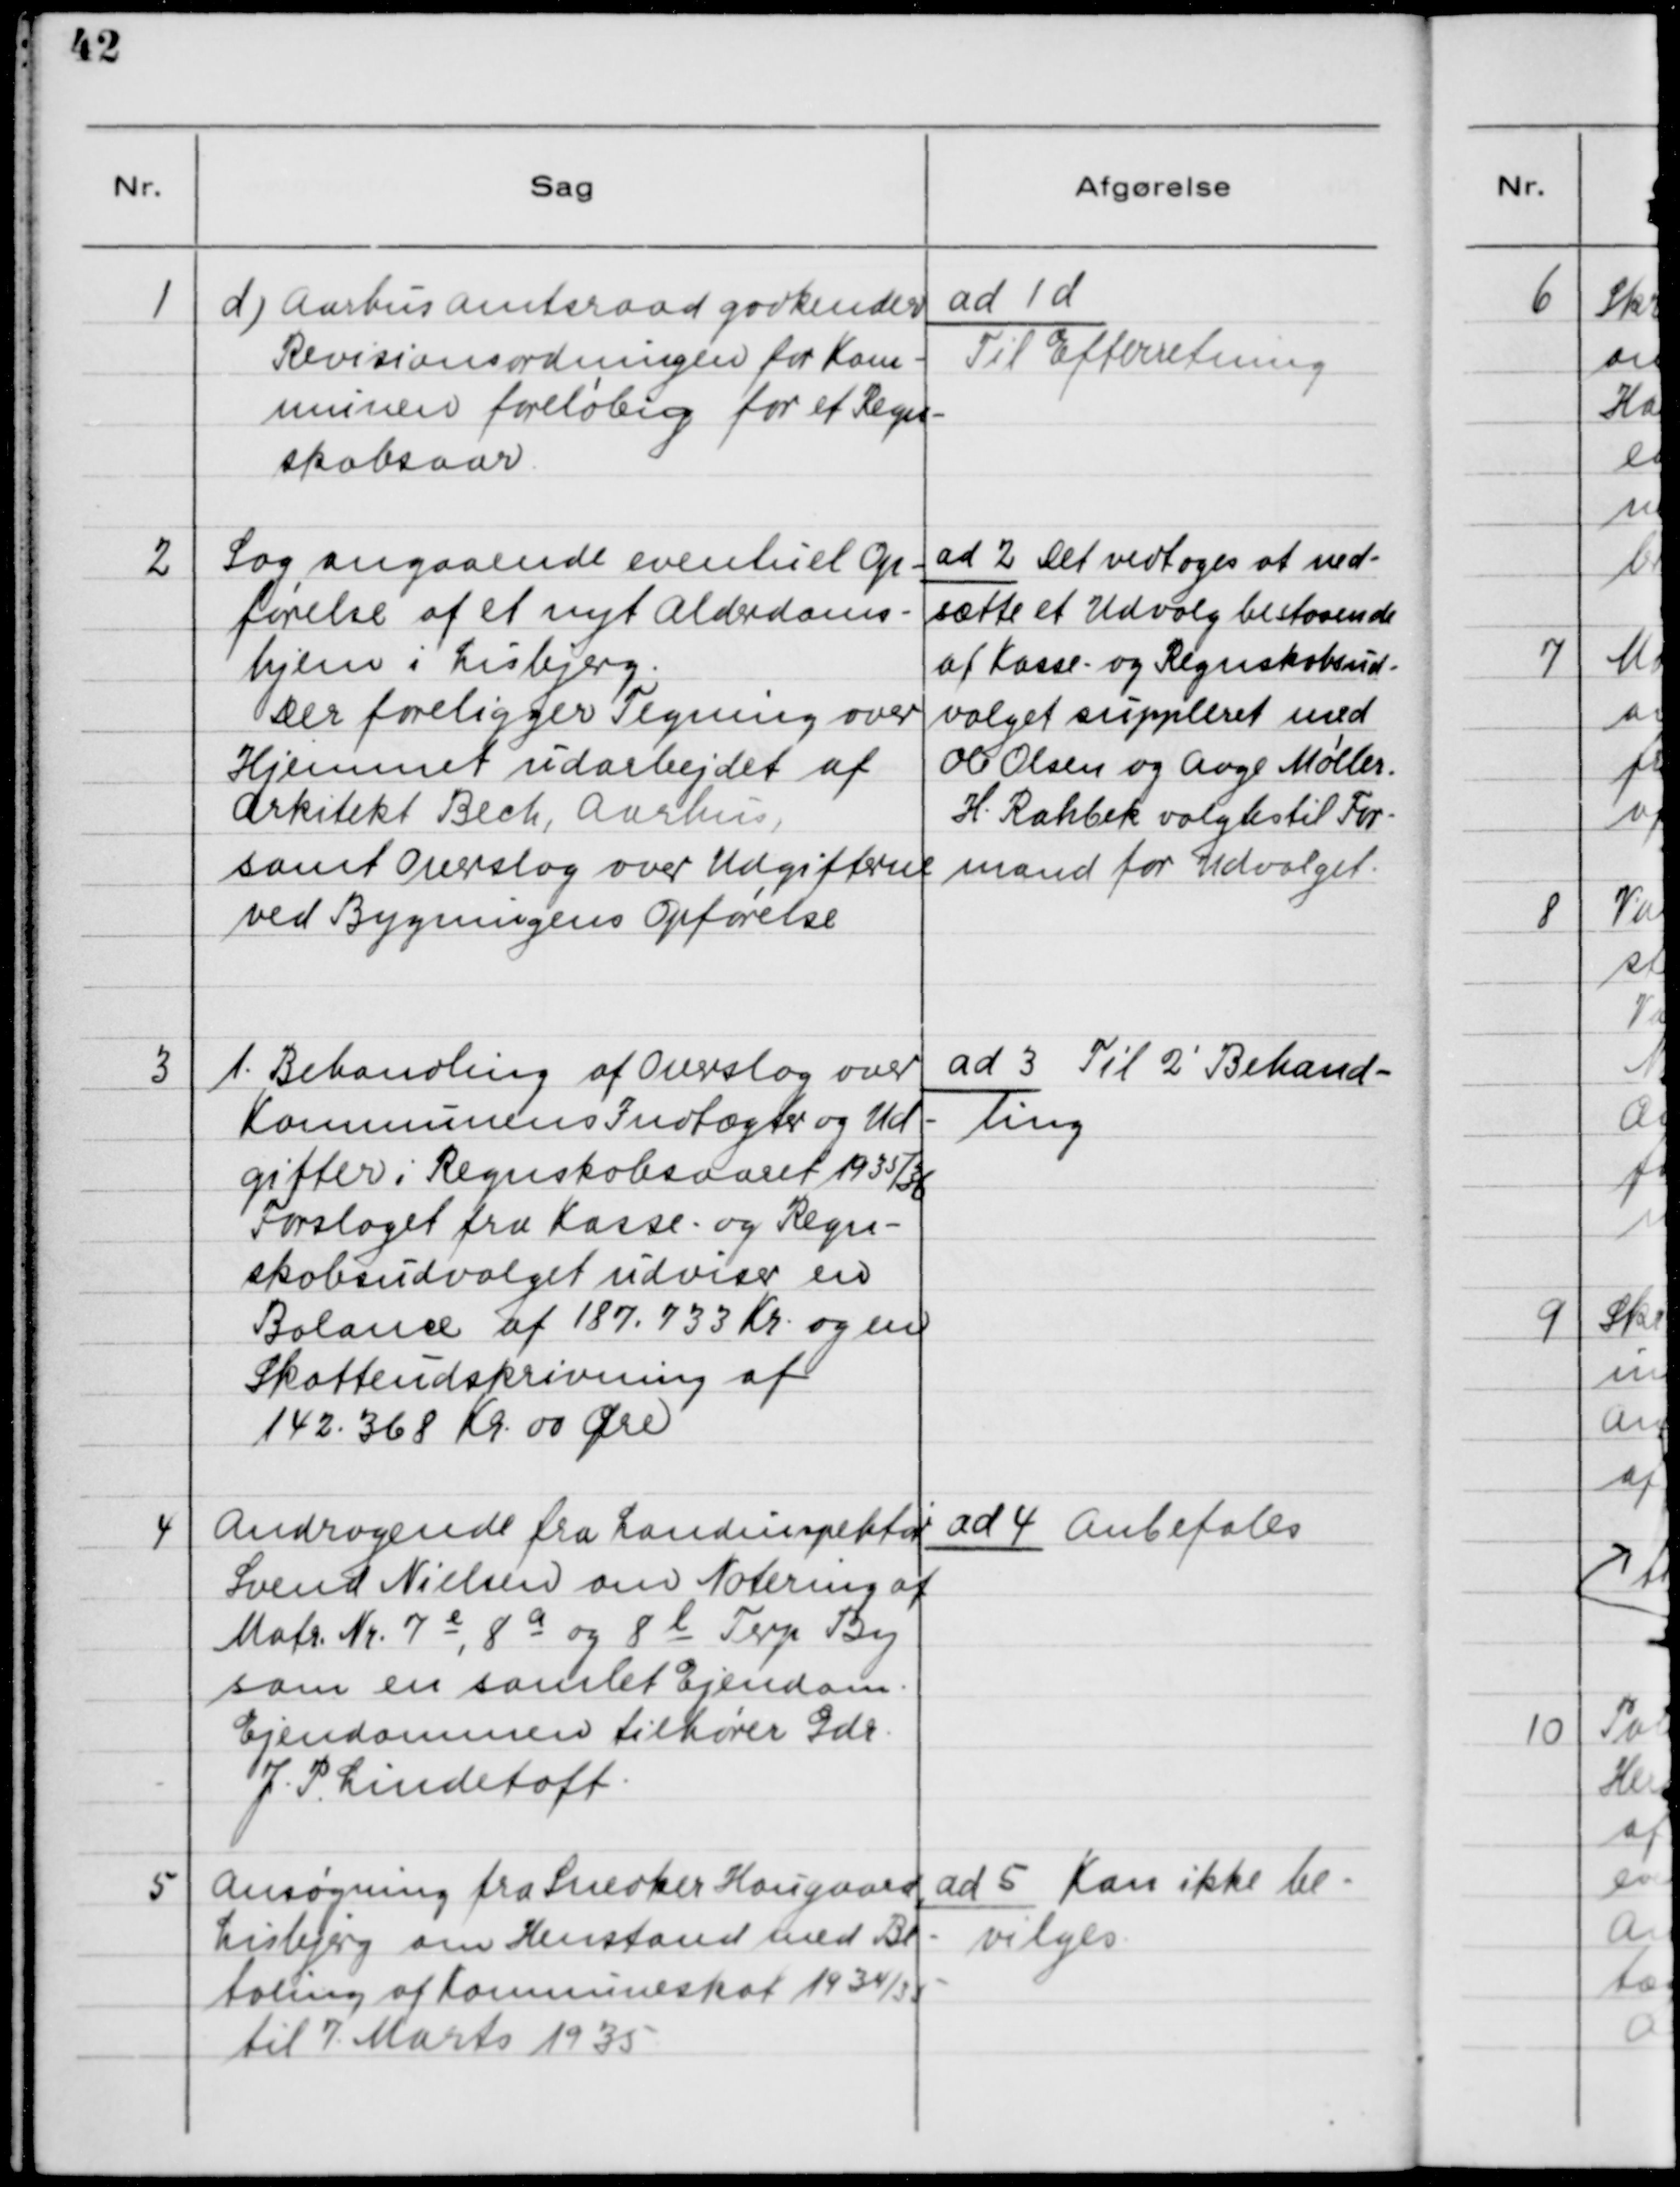
Transskription:
1

d) Aarhus Amtsraad godkender 
Revisionsordningen for Kom-
munen foreløbig for et Regn-
skabsaar.

ad 1d
Til Efterretning

2

Sag angaaende eventuel Op-
førelse af et nyt Alderdoms-
hjem i Lisbjerg.
Der foreligger Tegning over
Hjemmet udarbejdet af
Arkitekt Bech, Aarhus,
samt Overslag over Udgifterne
ved Bygningens Opførelse

ad 2. Det vedtoges at ned-
sætte et Udvalg bestaaende
af Kasse- og Regnskabsud-
valget suppleret med
Ole Olsen og Aage Møller.
H. Rahbek valgtes til For-
mand for Udvalget.

3

1. Behandling af Overslag over
Kommunens Indtægter og Ud-
gifter i Regnskabsaaret 1935/36.
Forslaget fra Kasse- og Regn-
skabsudvalget udviser en
Balance af 187.733 Kr. og en
Skatteudskrivning af
142.368 Kr. 00 Øre

ad 3. Til 2' Behand-
ling

4

Andragende fra Landinspektør
Svend Nielsen om Notering af
Matr. Nr. 7 e, 8 a Terp By
som en samlet Ejendom.
Ejendommen tilhører Gdr.
J. P. Lindetoft.

ad 4. Anbefales

5

Ansøgning fra Snedker Hougaard,
Lisbjerg om Henstand med Be-
taling af Kommuneskat 1934/35
til 7. Marts 1935

ad 5. Kan ikke be-
vilges